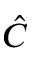
\hat { C }